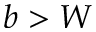
b > W